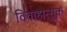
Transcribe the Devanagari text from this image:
विवाहोत्सूक